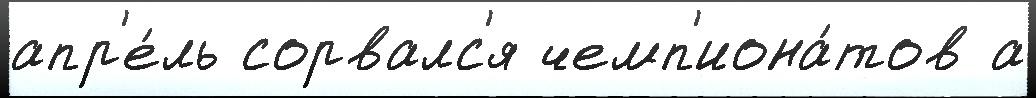
апр'е́ль сорвалс'я чемп'иона́тов а